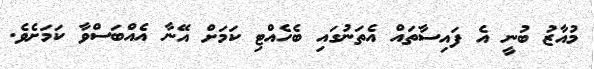
މުއާޒު ބުނީ އެ ފައިސާތައް އެތަނުގައި ބެހެއްޓި ކަމަށް އޭނާ އެއްބަސްވާ ކަމަށެވެ.